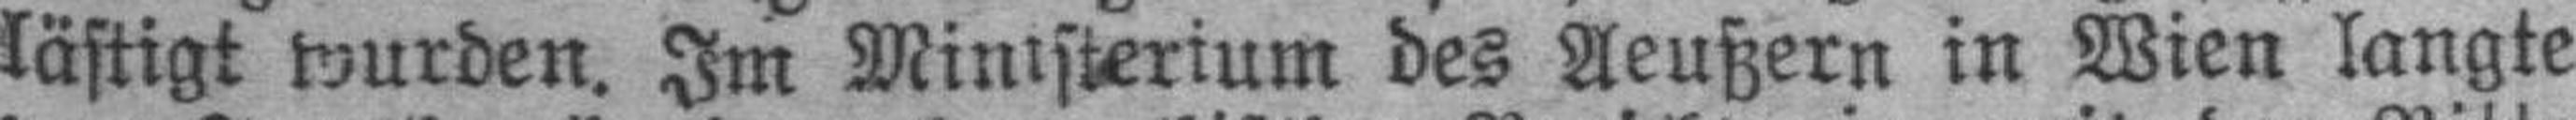
lästigt wurden. Im Ministerium des Aeußern in Wien langte